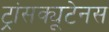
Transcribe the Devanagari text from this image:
ट्रांसक्यूटेनस